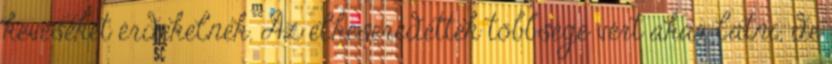
keveseket érdekelnek. Az elkeseredettek többsége vért akar látni, de